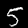
Digit: 5